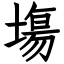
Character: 塲